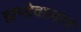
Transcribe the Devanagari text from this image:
झण्डेवालान